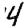
Digit: 4